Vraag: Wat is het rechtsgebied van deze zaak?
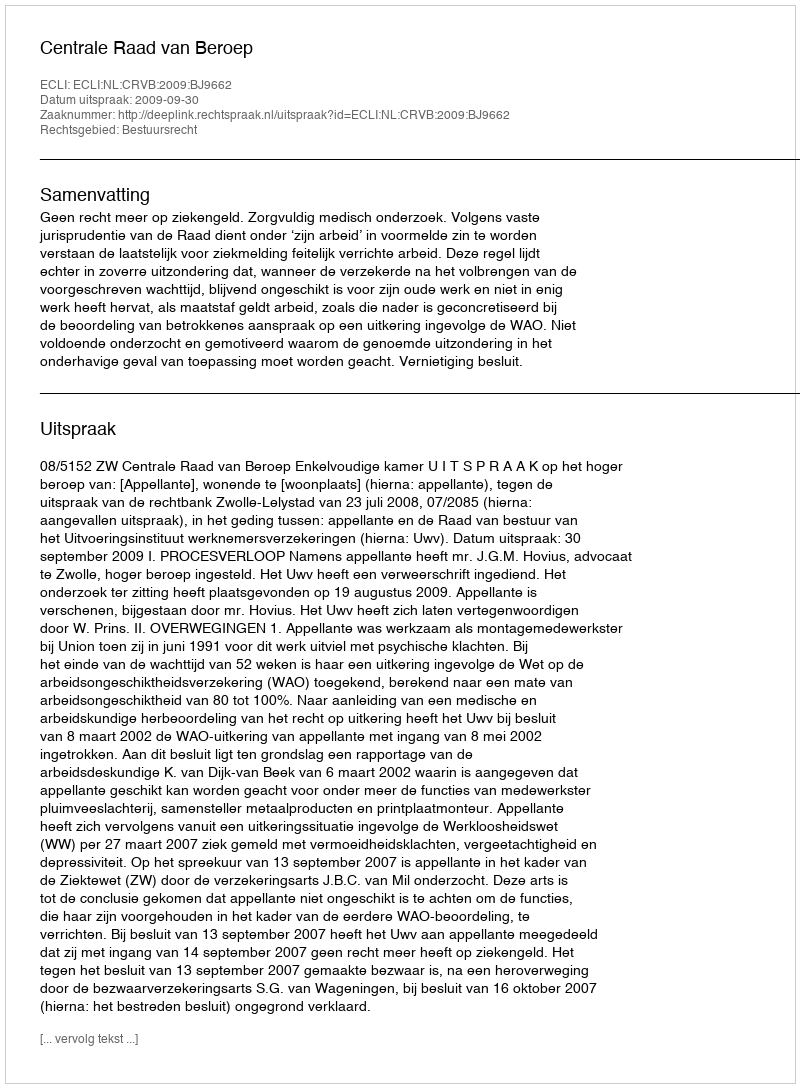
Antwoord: Bestuursrecht